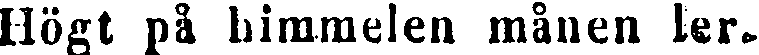
Högt på himmelen månen ler-